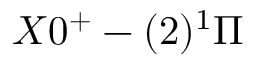
X 0 ^ { + } - ( 2 ) ^ { 1 } \Pi